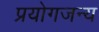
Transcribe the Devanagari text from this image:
प्रयोगजन्य